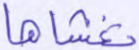
تغشاها